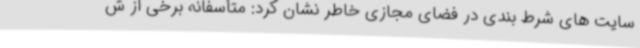
سایت های شرط بندی در فضای مجازی خاطر نشان کرد: متأسفانه برخی از ش